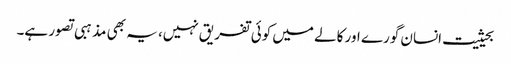
بحیثیت انسان گورے اور کالے میں کوئی تفریق نہیں، یہ بھی مذہبی تصور ہے۔